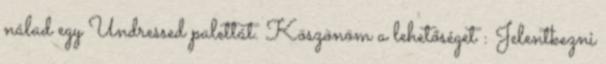
nálad egy Undressed palettát. Köszönöm a lehetőséget : Jelentkezni